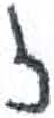
אות: ז